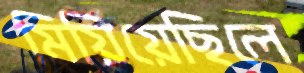
মিয়িয়েছিলে